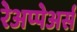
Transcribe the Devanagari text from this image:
रेअप्पेअर्स